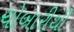
ચોબારીથી